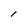
Character: I